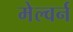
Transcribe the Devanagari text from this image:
मेल्वर्न